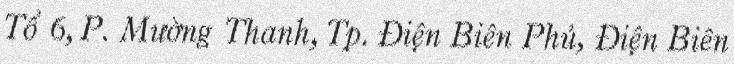
Tổ 6, P. Mường Thanh, Tp. Điện Biên Phủ, Điện Biên